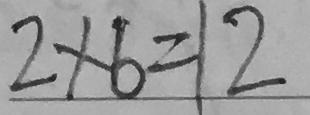
2 \times 6 = 1 2